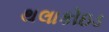
થલાકોઇડ